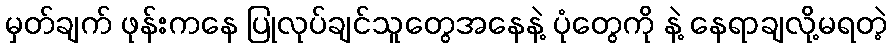
မှတ်ချက် ဖုန်းကနေ ပြုလုပ်ချင်သူတွေအနေနဲ့ ပုံတွေကို နဲ့ နေရာချလို့မရတဲ့